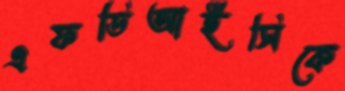
এফডিআইসিকে